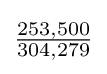
{\tfrac {253,500}{304,279}}